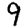
Digit: 9